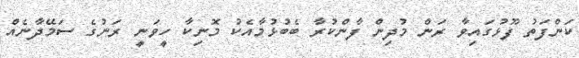
ކަންފަތު ފޫޅުގައިވާ ރަން މުދިން ފާންކުރާ ބެބުޅުމާއެކު މޮނިކާ ހީވަނީ ރަނުގެ ސަމޭދާނެއް